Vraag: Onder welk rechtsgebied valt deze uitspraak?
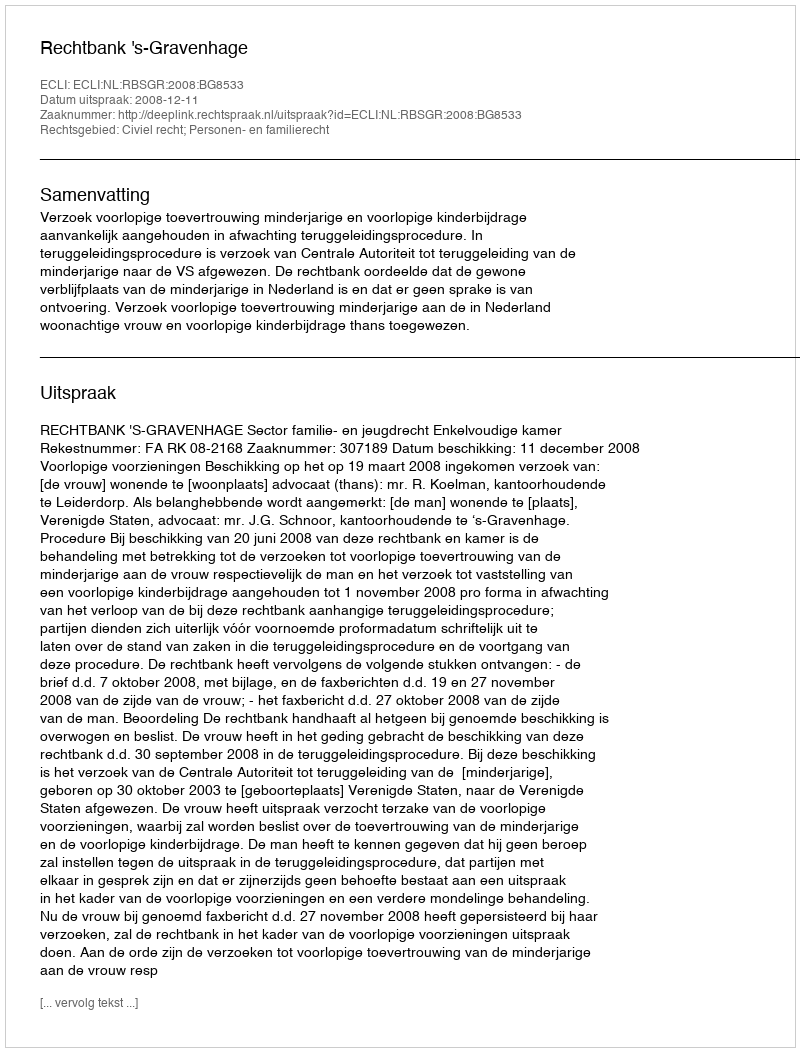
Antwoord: Civiel recht; Personen- en familierecht